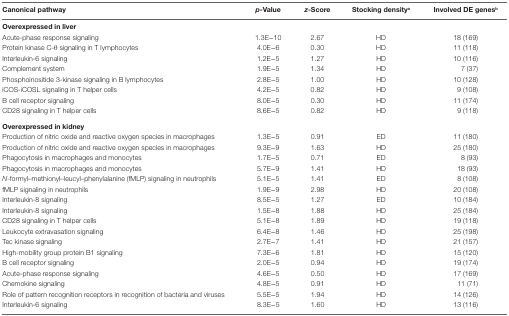
<table><thead><tr><td><b>Canonical pathway</b></td><td><b><i>p</i>-Value</b></td><td><b><i>z</i>-Score</b></td><td><b>Stocking density<sup>a</sup></b></td><td><b>Involved DE genes<sup>b</sup></b></td></tr></thead><tbody><tr><td colspan="5"><b>Overexpressed in liver</b></td></tr><tr><td>Acute-phase response signaling</td><td>1.3E−10</td><td>2.67</td><td>HD</td><td>18 (169)</td></tr><tr><td>Protein kinase C-θ signaling in T lymphocytes</td><td>4.0E−6</td><td>0.30</td><td>HD</td><td>11 (118)</td></tr><tr><td>Interleukin-6 signaling</td><td>1.2E−5</td><td>1.27</td><td>HD</td><td>10 (116)</td></tr><tr><td>Complement system</td><td>1.9E−5</td><td>1.34</td><td>HD</td><td>7 (37)</td></tr><tr><td>Phosphoinositide 3-kinase signaling in B lymphocytes</td><td>2.8E−5</td><td>1.00</td><td>HD</td><td>10 (128)</td></tr><tr><td>iCOS-iCOSL signaling in T helper cells</td><td>4.2E−5</td><td>0.82</td><td>HD</td><td>9 (108)</td></tr><tr><td>B cell receptor signaling</td><td>8.0E−5</td><td>0.30</td><td>HD</td><td>11 (174)</td></tr><tr><td>CD28 signaling in T helper cells</td><td>8.6E−5</td><td>0.82</td><td>HD</td><td>9 (118)</td></tr><tr><td colspan="5"><b>Overexpressed in kidney</b></td></tr><tr><td>Production of nitric oxide and reactive oxygen species in macrophages</td><td>1.3E−5</td><td>0.91</td><td>ED</td><td>11 (180)</td></tr><tr><td>Production of nitric oxide and reactive oxygen species in macrophages</td><td>9.3E−9</td><td>1.63</td><td>HD</td><td>25 (180)</td></tr><tr><td>Phagocytosis in macrophages and monocytes</td><td>1.7E−5</td><td>0.71</td><td>ED</td><td>8 (93)</td></tr><tr><td>Phagocytosis in macrophages and monocytes</td><td>5.7E−9</td><td>1.41</td><td>HD</td><td>18 (93)</td></tr><tr><td><i>N</i>-formyl–methionyl–leucyl–phenylalanine (fMLP) signaling in neutrophils</td><td>5.1E−5</td><td>1.41</td><td>ED</td><td>8 (108)</td></tr><tr><td>fMLP signaling in neutrophils</td><td>1.9E−9</td><td>2.98</td><td>HD</td><td>20 (108)</td></tr><tr><td>Interleukin-8 signaling</td><td>8.5E−5</td><td>1.27</td><td>ED</td><td>10 (184)</td></tr><tr><td>Interleukin-8 signaling</td><td>1.5E−8</td><td>1.88</td><td>HD</td><td>25 (184)</td></tr><tr><td>CD28 signaling in T helper cells</td><td>5.1E−8</td><td>1.89</td><td>HD</td><td>19 (118)</td></tr><tr><td>Leukocyte extravasation signaling</td><td>6.4E−8</td><td>1.46</td><td>HD</td><td>25 (198)</td></tr><tr><td>Tec kinase signaling</td><td>2.7E−7</td><td>1.41</td><td>HD</td><td>21 (157)</td></tr><tr><td>High-mobility group protein B1 signaling</td><td>7.3E−6</td><td>1.81</td><td>HD</td><td>15 (120)</td></tr><tr><td>B cell receptor signaling</td><td>2.0E−5</td><td>0.94</td><td>HD</td><td>19 (174)</td></tr><tr><td>Acute-phase response signaling</td><td>4.6E−5</td><td>0.50</td><td>HD</td><td>17 (169)</td></tr><tr><td>Chemokine signaling</td><td>4.8E−5</td><td>0.91</td><td>HD</td><td>11 (71)</td></tr><tr><td>Role of pattern recognition receptors in recognition of bacteria and viruses</td><td>5.5E−5</td><td>1.94</td><td>HD</td><td>14 (126)</td></tr><tr><td>Interleukin-6 signaling</td><td>8.3E−5</td><td>1.60</td><td>HD</td><td>13 (116)</td></tr></tbody></table>